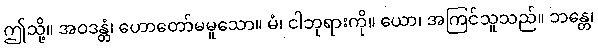
ဤသို့။ အဝဒန္တံ၊ ဟောတော်မမူသော။ မံ၊ ငါဘုရားကို။ ယော၊ အကြင်သူသည်။ ဘန္တေ၊